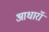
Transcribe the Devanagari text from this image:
आधारॉ